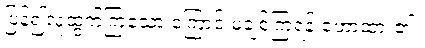
ပြန်၍လူထွက်ကြသော ကြောင့် မချစ်ကြရန် ဟောထား၏။